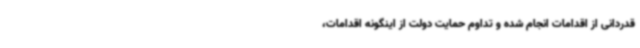
قدردانی از اقدامات انجام شده و تداوم حمایت دولت از اینگونه اقدامات،